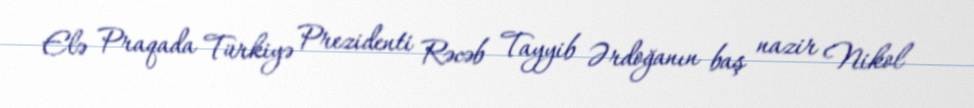
Elə Praqada Türkiyə Prezidenti Rəcəb Tayyib Ərdoğanın baş nazir Nikol